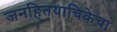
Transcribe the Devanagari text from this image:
जनहितयाचिकेचा